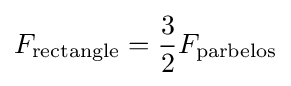
F_{\text{rectangle}}={\frac {3}{2}}F_{\text{parbelos}}